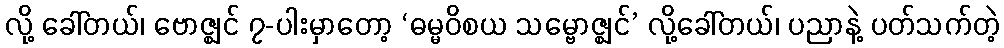
လို့ ခေါ်တယ်၊ ဗောဇ္ဈင် ၇-ပါးမှာတော့ ‘ဓမ္မဝိစယ သမ္ဗောဇ္ဈင်’ လို့ခေါ်တယ်၊ ပညာနဲ့ ပတ်သက်တဲ့